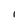
Character: I